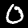
Label: 0